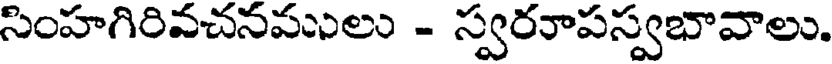
సింహగిరివచనపులు - స్వరరాపస్వభావాలు.